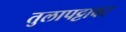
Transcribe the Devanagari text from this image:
तुलापट्टावर